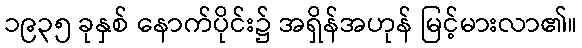
၁၉၃၅ ခုနှစ် နောက်ပိုင်း၌ အရှိန်အဟုန် မြင့်မားလာ၏။